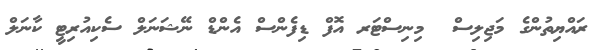
ރައްޔިތުންގެ މަޖިލިސް  މިނިސްޓަރ އޮފް ޑިފެންސް އެންޑް ނޭޝަނަލް ސެކިއުރިޓީ ކާނަލް